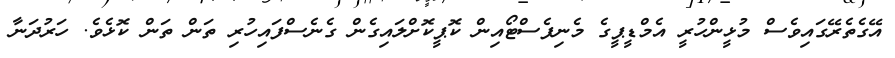
އޭގެތެރޭގައިވެސް މުޅީންހުރީ އެމްޑީޕީގެ މެނިފެސްޓޯއިން ކޮޕީކޮށްލައިގެން ގެނެސްފައިހުރި ތަން ތަން ކޮޅެވެ. ހަރުދަނާ